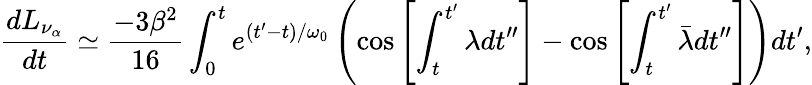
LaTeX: {\frac{dL_{\nu_{\alpha}}}{dt}}\simeq{\frac{-3\beta^{2}}{16}}\int_{0}^{t}e^{(t^{\prime}-t)/\omega_{0}}\left(\cos\left[\int_{t}^{t^{\prime}}\lambda dt^{\prime\prime}\right]-\cos\left[\int_{t}^{t^{\prime}}\bar{\lambda}dt^{\prime\prime}\right]\right)dt^{\prime},